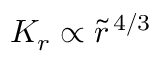
K _ { r } \propto \tilde { r } ^ { \, 4 / 3 }